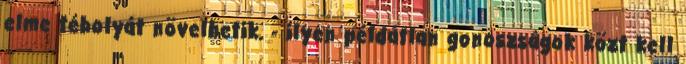
elme tébolyát növelhetik. - ilyen példátlan gonoszságok közt kell